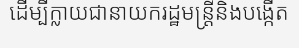
ដើម្បីក្លាយជានាយករដ្ឋមន្ត្រីនិងបង្កើត